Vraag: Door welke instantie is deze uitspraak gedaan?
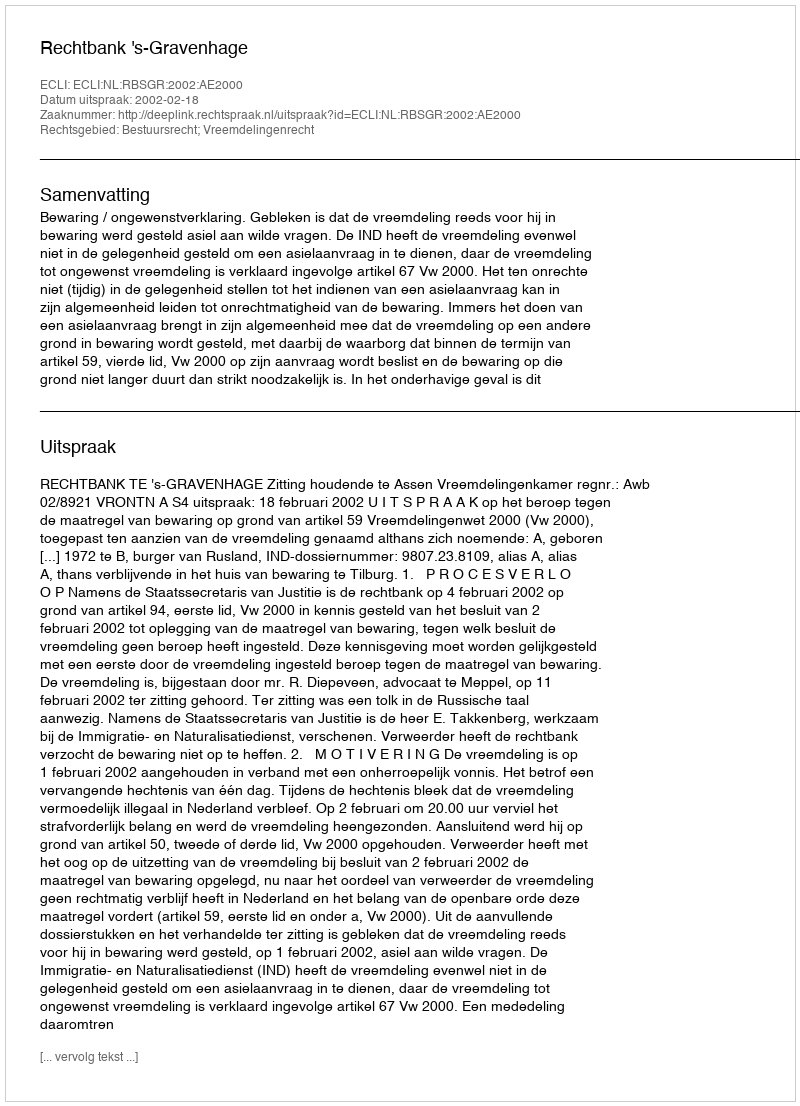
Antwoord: Rechtbank 's-Gravenhage